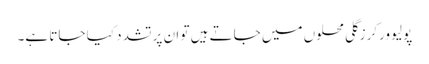
پولیو ورکرز گلی محلوں میں جاتے ہیں تو ان پر تشدد کیا جاتا ہے۔